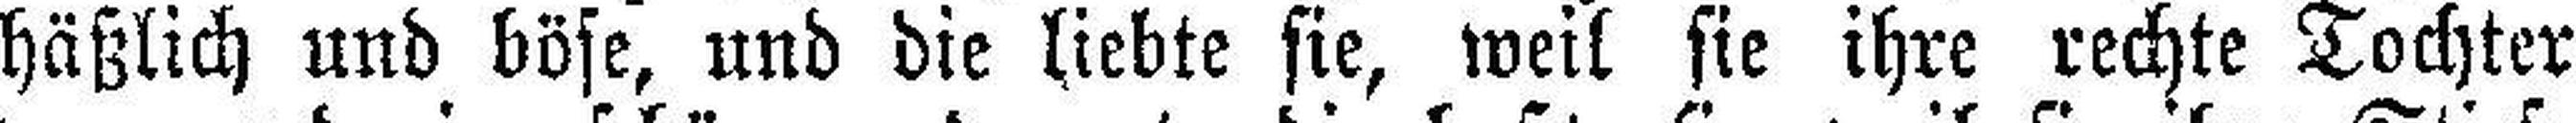
häßlich und böse, und die liebte sie, weil sie ihre rechte Tochter